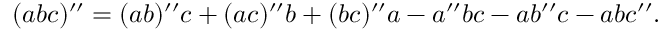
( a b c ) ^ { \prime \prime } = ( a b ) ^ { \prime \prime } c + ( a c ) ^ { \prime \prime } b + ( b c ) ^ { \prime \prime } a - a ^ { \prime \prime } b c - a b ^ { \prime \prime } c - a b c ^ { \prime \prime } .